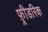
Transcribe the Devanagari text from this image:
फ़्रीडरिक